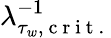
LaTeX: \lambda_{\tau_{w},\mathrm{~c~r~i~t~.~}}^{-1}